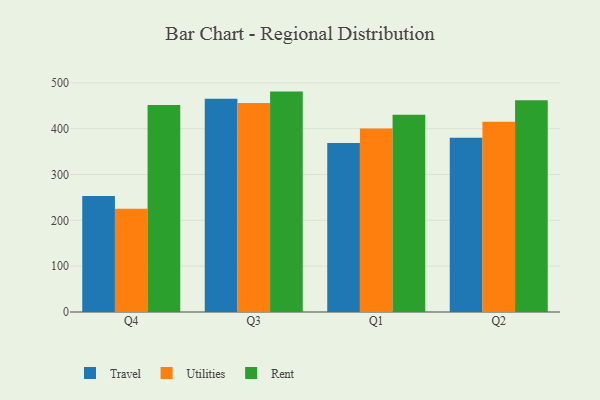
{"axis": {"x": "Quarter", "y": "Shipments"}, "legend": ["Rent", "Travel", "Utilities"], "data": [{"x": "Q4", "y": 253.2, "type": "Travel"}, {"x": "Q4", "y": 225.1, "type": "Utilities"}, {"x": "Q4", "y": 451.6, "type": "Rent"}, {"x": "Q3", "y": 465.3, "type": "Travel"}, {"x": "Q3", "y": 456.0, "type": "Utilities"}, {"x": "Q3", "y": 480.9, "type": "Rent"}, {"x": "Q1", "y": 369.0, "type": "Travel"}, {"x": "Q1", "y": 400.6, "type": "Utilities"}, {"x": "Q1", "y": 430.3, "type": "Rent"}, {"x": "Q2", "y": 380.2, "type": "Travel"}, {"x": "Q2", "y": 415.3, "type": "Utilities"}, {"x": "Q2", "y": 462.0, "type": "Rent"}]}